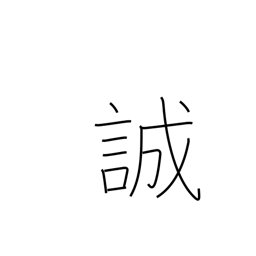
Meaning: warn